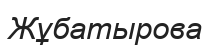
Жұбатырова